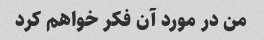
من در مورد آن فکر خواهم کرد